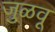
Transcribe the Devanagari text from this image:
जुळवू